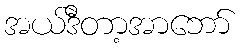
အယ်ဒီတာ့အာဘော်